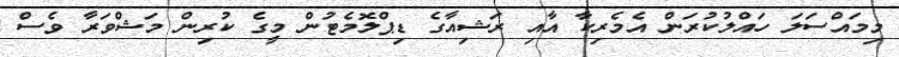
މިމައްސަލަ ހައްލުކުރަން އެމެރިކާ އާއި ރަޝިއާގެ ޑިޕްލޮމެޓުން މީގެ ކުރިން މަޝްވަރާ ވެސް